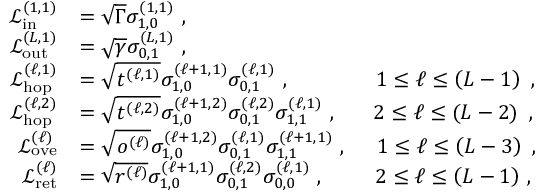
\begin{array} { r l } { \mathcal { L } _ { \mathrm { i n } } ^ { ( 1 , 1 ) } } & { = \sqrt { \Gamma } \sigma _ { 1 , 0 } ^ { ( 1 , 1 ) } \, \, , } \\ { \mathcal { L } _ { \mathrm { o u t } } ^ { ( L , 1 ) } } & { = \sqrt { \gamma } \sigma _ { 0 , 1 } ^ { ( L , 1 ) } \, \, , } \\ { \mathcal { L } _ { \mathrm { h o p } } ^ { ( \ell , 1 ) } } & { = \sqrt { t ^ { ( \ell , 1 ) } } \sigma _ { 1 , 0 } ^ { ( \ell + 1 , 1 ) } \sigma _ { 0 , 1 } ^ { ( \ell , 1 ) } \, \, , \ \ \ \ \ \ \ \ \ \ \ \ 1 \le \ell \le \left( L - 1 \right) \, \, , } \\ { \mathcal { L } _ { \mathrm { h o p } } ^ { ( \ell , 2 ) } } & { = \sqrt { t ^ { ( \ell , 2 ) } } \sigma _ { 1 , 0 } ^ { ( \ell + 1 , 2 ) } \sigma _ { 0 , 1 } ^ { ( \ell , 2 ) } \sigma _ { 1 , 1 } ^ { ( \ell , 1 ) } \, \, , \ \ \ \ \ 2 \le \ell \le \left( L - 2 \right) \, \, , } \\ { \mathcal { L } _ { \mathrm { o v e } } ^ { ( \ell ) } } & { = \sqrt { o ^ { ( \ell ) } } \sigma _ { 1 , 0 } ^ { ( \ell + 1 , 2 ) } \sigma _ { 0 , 1 } ^ { ( \ell , 1 ) } \sigma _ { 1 , 1 } ^ { ( \ell + 1 , 1 ) } \, \, , \ \ \ \ 1 \le \ell \le \left( L - 3 \right) \, \, , } \\ { \mathcal { L } _ { \mathrm { r e t } } ^ { ( \ell ) } } & { = \sqrt { r ^ { ( \ell ) } } \sigma _ { 1 , 0 } ^ { ( \ell + 1 , 1 ) } \sigma _ { 0 , 1 } ^ { ( \ell , 2 ) } \sigma _ { 0 , 0 } ^ { ( \ell , 1 ) } \, \, , \ \ \ \ \ \ \ 2 \le \ell \le \left( L - 1 \right) \, , } \end{array}